Indian journal of veterinary science and animal husbandry - Volume 2,
Year: 1932
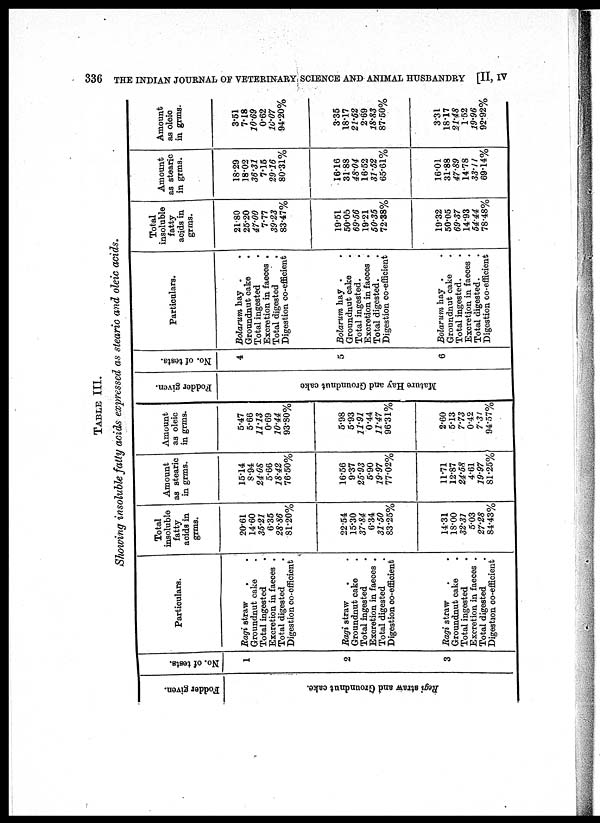
336 THE INDIAN JOURNAL OF VETERINARY SCIENCE AND ANIMAL HUSBANDRY [II, IV
TABLE III.
Showing insoluble fatty acids expressed as stearic and oleic acids.
Fodder given.
Regi
straw and Groundnut cake.
No. of tests.
1
2
3
Particulars.
Ragi straw . .
Groundnut cake .
Total ingested .
Excretion in faeces .
Total digested .
Digestion co-efficient
Ragi straw . .
Groundnut cake .
Total ingested .
Excretion in faeces .
Total digested .
Digestion co-efficient
Ragi straw . .
Groundnut cake .
Total ingested .
Excretion in faeces .
Total digested .
Digestion co-efficient
Total
insoluble
fatty
acids in
grms.
20.61
14.60
35.21
6.35
28.86
81.20%
22.54
15.30
37.84
6.34
31.50
83.25%
14.31
18.00
32.31
5.03
27.28
84.43%
Amount
as stearic
in grms.
15.14
8.94
24.08
5.66
18.42
76.50%
16.56
9.37
25.93
5.90
19.97
77.02%
11.71
12.87
24.58
4.61
19.97
81.25%
Amount
as oleic
in grms.
5.47
5.66
11.13
0.69
10.44
93.80%
5.98
5.93
11.91
0.44
11.47
96.31%
2.60
5.13
7.73
0.42
7.31
94.57%
Fodder given.
Mature Hay and Groundnut cake
No. of tests.
4
5
6
Particulars.
Bolarum hay .
Groundnut cake .
Total ingested .
Excretion in faeces .
Total digested
.
Digestion co-efficient
Bolarum hay . .
Groundnut cake .
Total ingested .
Excretion in faeces .
Total digested . .
Digestion co-efficient
Bolarum hay . .
Groundnut cake .
Total ingested. .
Excretion in faeces .
Total digested. .
Digestion co-efficient
Total
insoluble
fatty
acids in
grms.
21.80
25.20
47.00
7.77
39.23
83.47%
19.51
50.05
69.56
19.21
50.35
72.38%
19.32
50.05
69.37
14.93
54.44
78.48%
Amount
as stearic
in grms.
18.29
18.02
36.31
7.15
29.16
80.31%
16.16
31.88
48.04
16.52
31.52
65.61%
16.01
31.88
47.89
14.78
33.11
69.14%
Amount
as oleic
in grms.
3.51
7.18
10.69
0.62
10.07
94.20%
3.35
18.17
21.52
2.69
18.83
87.50%
3.31
18.17
21.48
1.52
19.96
92.92%